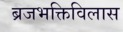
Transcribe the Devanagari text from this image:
ब्रजभक्तिविलास